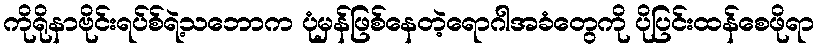
ကိုရိုနာဗိုင်းရပ်စ်ရဲ့သဘောက ပုံမှန်ဖြစ်နေတဲ့ရောဂါအခံတွေကို ပိုပြင်းထန်စေဖိုရာ